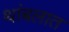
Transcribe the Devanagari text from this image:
थांबलात